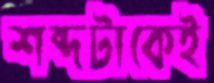
শব্দটাকেই